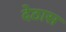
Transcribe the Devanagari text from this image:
देठास